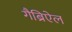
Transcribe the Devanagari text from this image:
गैब्रिऐल